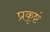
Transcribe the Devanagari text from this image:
प्रकृष्टं